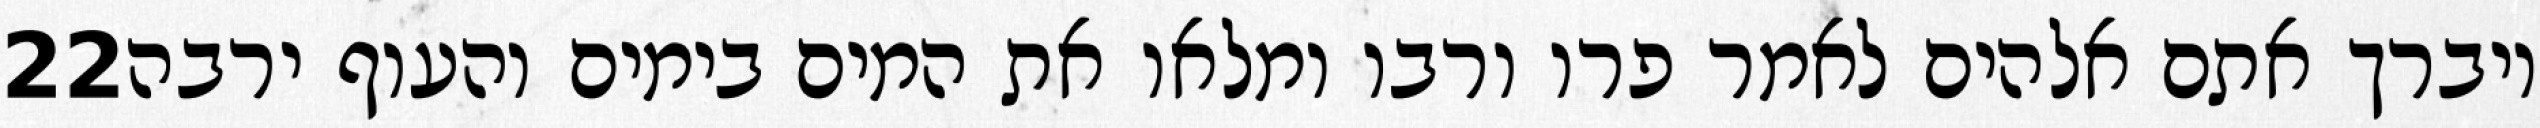
‎22‏ ויברך אתם אלהים לאמר פרו ורבו ומלאו את המים בימים והעוף ירבה